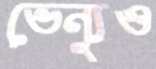
ভেন্যুও